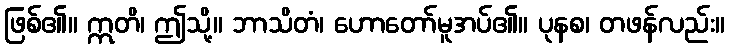
ဖြစ်၏။ ဣတိ၊ ဤသို့။ ဘာသိတံ၊ ဟောတော်မူအပ်၏။ ပုနစ၊ တဖန်လည်း။